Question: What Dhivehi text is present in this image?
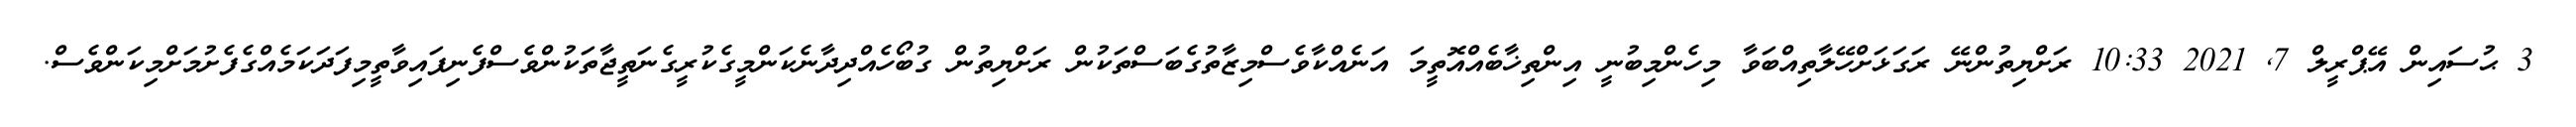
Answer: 3 ޙުސައިން އޭޕްރީލް 7, 2021 10:33 ރަށްޔިތުންނޭ ރަގަޅަށްހޭލާތިއްބަވާ މިހެންމިބުނީ އިންތިޚާބެއްއޮތީމަ އަނެއްކާވެސްމިޒާތުގެބަސްތަކުން ރަށްޔިތުން ގުބޯހެއްދިދާނެކަންމީގެކުރީގެނަތީޖާތަކުންވެސްފެނިފައިވާތީމިފަދަކަމެއްގެފެށުމަށްމިކަންވެސް.